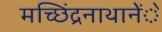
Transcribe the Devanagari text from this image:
मच्छिंद्रनाथानेेंे